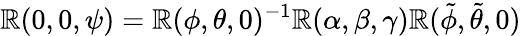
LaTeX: \mathbb{R}(0,0,\psi)=\mathbb{R}(\phi,\theta,0)^{-1}\mathbb{R}(\alpha,\beta,\gamma)\mathbb{R}(\tilde{{\phi}},\tilde{{\theta}},0)